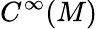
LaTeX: C^{\infty}(M)